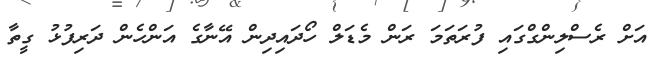
އަށް ރެސްލިންގްގައި ފުރަތަމަ ރަން މެޑަލް ހޯދައިދިން އޭނާގެ އަންހެން ދަރިފުޅު ގީތާ